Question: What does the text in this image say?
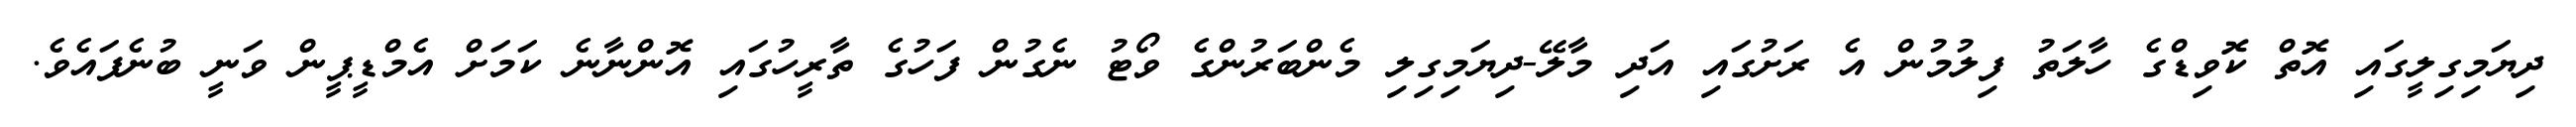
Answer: ދިޔަމިގިލީގައި އޮތް ކޮވިޑްގެ ހާލަތު ފިލުމުން އެ ރަށުގައި އަދި މާލޭ-ދިޔަމިގިލި މެންބަރުންގެ ވޯޓު ނެގުން ފަހުގެ ތާރީހުގައި އޮންނާނެ ކަމަށް އެމްޑީޕީން ވަނީ ބުނެފައެވެ.